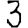
Digit: 3